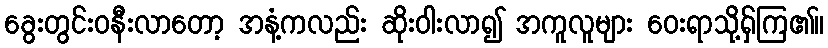
ခွေးတွင်းဝနီးလာတော့ အနံ့ကလည်း ဆိုးဝါးလာ၍ အကူလူများ ဝေးရာသို့ရှ်ကြ၏။